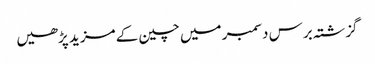
گزشتہ برس دسمبر میں چین کے مزید پڑھیں